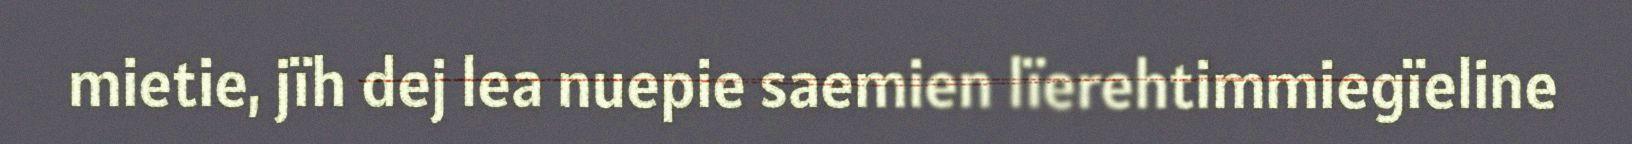
mietie, jïh dej lea nuepie saemien lïerehtimmiegïeline